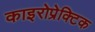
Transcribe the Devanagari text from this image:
काइरोप्रेक्टिक